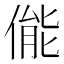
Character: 㑷